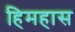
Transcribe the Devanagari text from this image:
हिमहास